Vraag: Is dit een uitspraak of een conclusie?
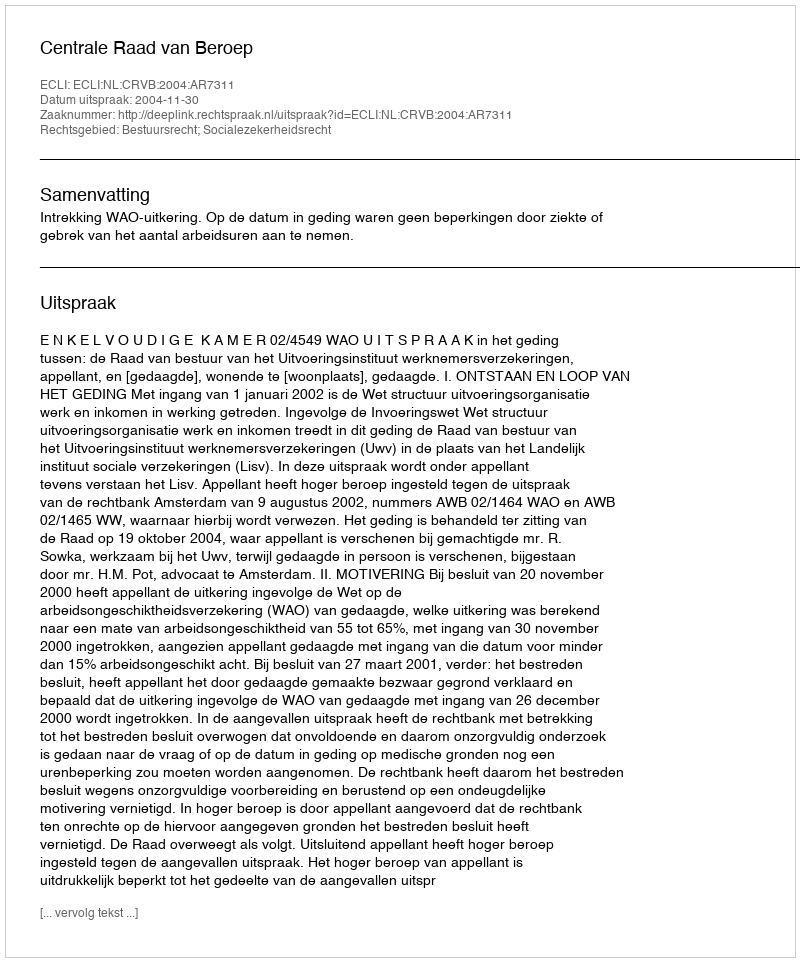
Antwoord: Uitspraak